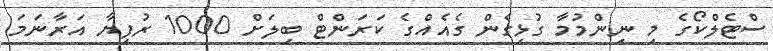
ސްޓެލްކޯގެ މި ނިންމުމާ ގުޅިގެން ގެއެއްގެ ކަރަންޓް ބިލަށް 1000 ރުފިޔާ އަރާނަމަ